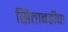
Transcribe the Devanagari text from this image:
सिताबर्डीचा